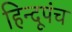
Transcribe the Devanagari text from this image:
हिन्दूपंच